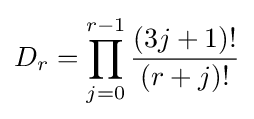
D_{r}=\prod _{j=0}^{r-1}{\frac {(3j+1)!}{(r+j)!}}